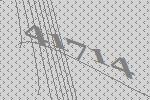
41714